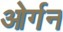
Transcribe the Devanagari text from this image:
ओर्गन